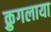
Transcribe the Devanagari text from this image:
क्रुगलाया